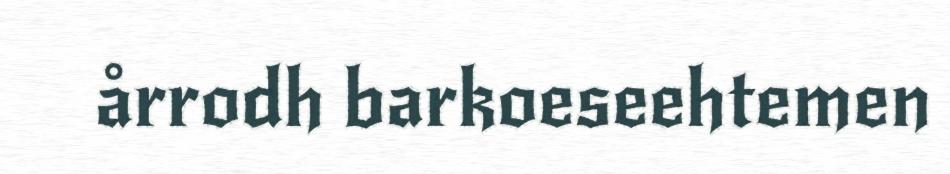
årrodh barkoeseehtemen